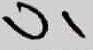
Text: U1